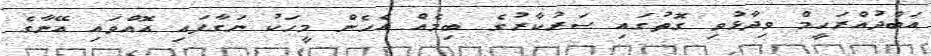
އަބްދުއްރަހީމް ވިދާޅުވި ގޮތުގައި ސަރުކާރުގެ ބިމެއް އެހެން މީހަކު ނަގާފައި އޮއްވައި އޭނާގެ